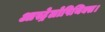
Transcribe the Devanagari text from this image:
आस्ट्रेलोपिथिक्स।